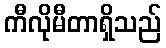
ကီလိုမီတာရှိသည်